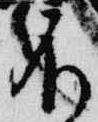
不